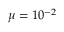
\mu = 1 0 ^ { - 2 }